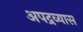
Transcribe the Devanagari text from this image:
अपद्रव्यास